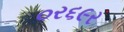
૦ર૬૯ર